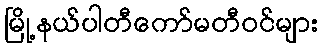
မြို့နယ်ပါတီကော်မတီဝင်များ